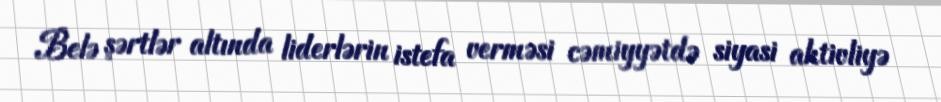
Belə şərtlər altında liderlərin istefa verməsi cəmiyyətdə siyasi aktivliyə